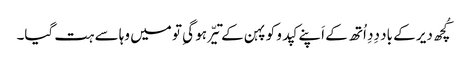
کُچھ دیر کے باد دِدِ اُتھ کے اَپنے کپدو کو پہن کے تیّر ہو گیِ تو میں وہا سے ہت گیا۔